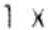
1 X